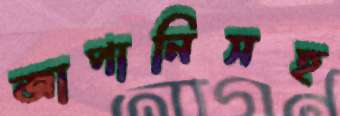
জাপানিসহ